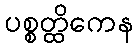
ပစ္စတ္ထိကေန